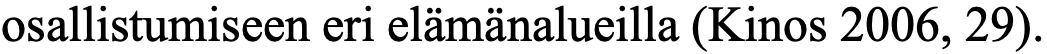
osallistumiseen eri elämänalueilla (Kinos 2006, 29).